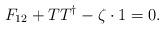
LaTeX: \begin{align*}F_{12}+TT^\dagger-\zeta\cdot 1=0. \end{align*}